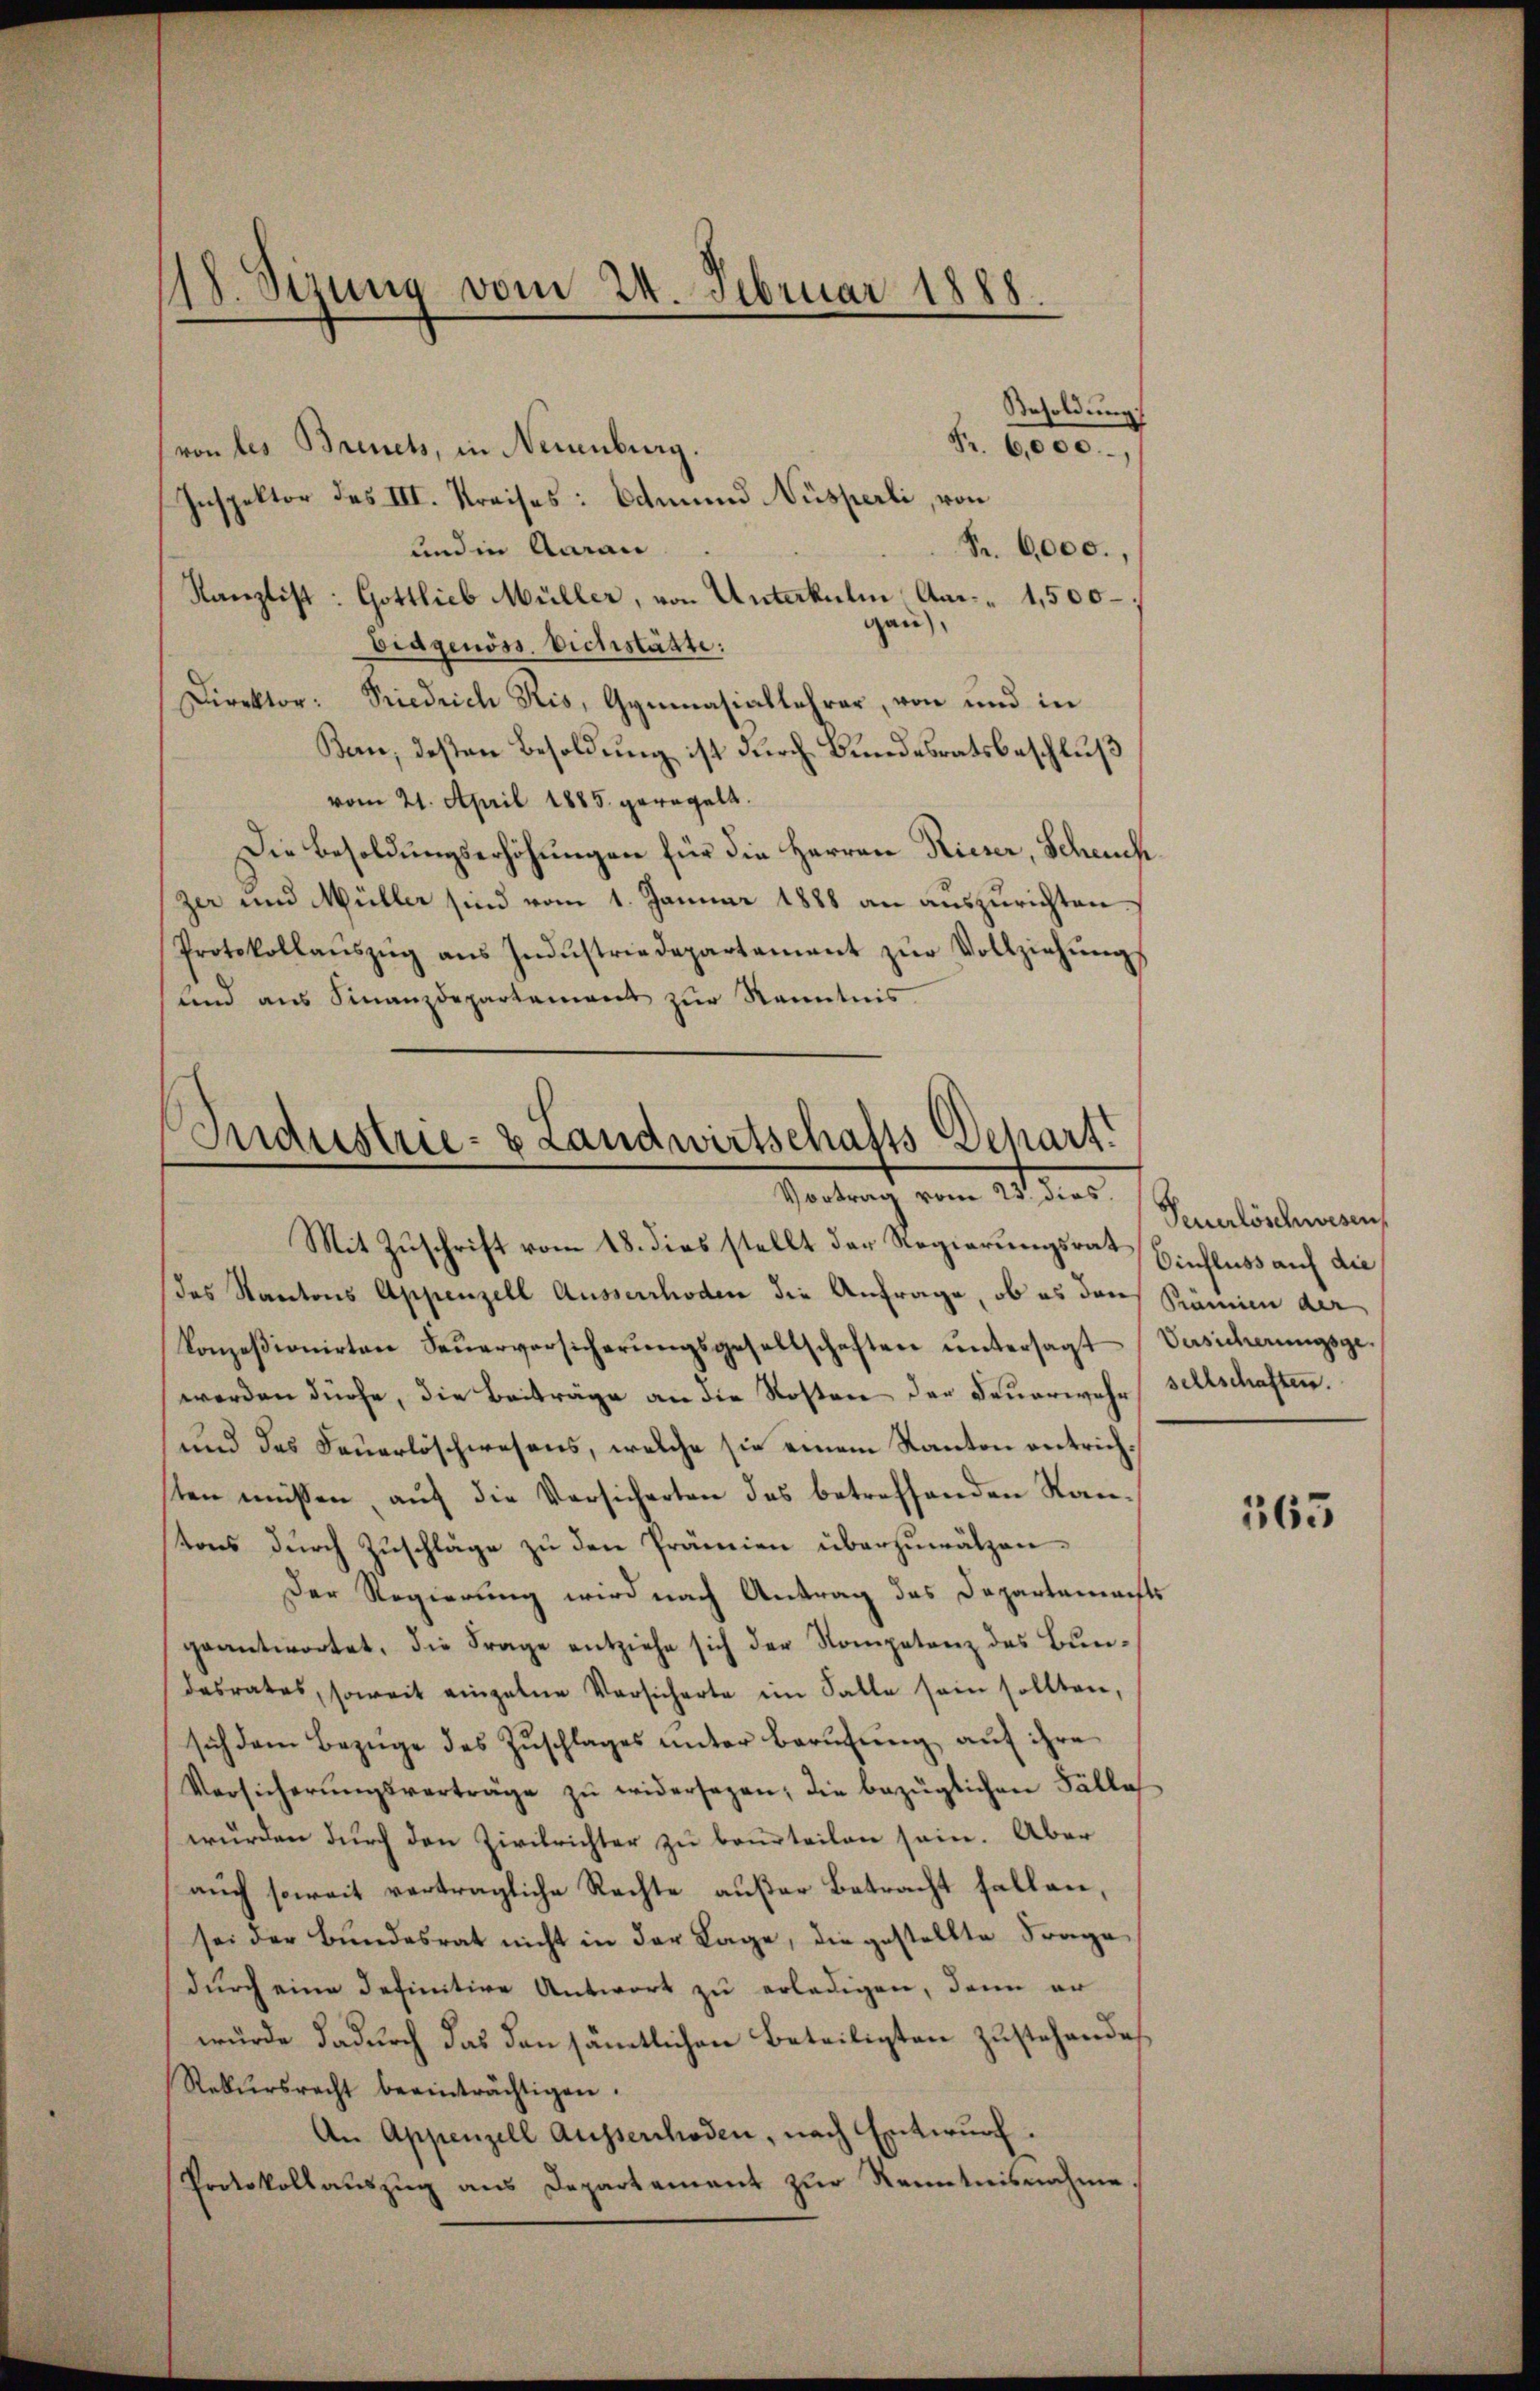
Besoldung
Pr. 6,000.,
(von des Brinets, in Neuenburg.
Inspektor des III. Kreises: Edmund Nüsperli, von
und in Aarau
Fr. 6,000.,
Kanzlist: Gottlieb Müller, von Unterkulin An- 1,500
gau),
Eidgenöss. Eichstätte:
Direktor: Priedrich Ris, Gymnasiallehrer, von und in
Ban, deßen Besoldung ist durch Bundesratsbeschluß
vom 21. April 1885. geregelt.
Die Besoldungserhöhungen für die Herren Rieser, Scheuchzer und Müller sind vom 1. Januar 1888 an auszurichten.
Protokollaŭszŭg ans Indŭstriedepartement zŭr Vollziehŭngs
und aus Finanzdepartement zur Kenntnis

118. Sezung vom 24. Februar 1888.

Industrie- & Landwirtschafts Depart.
Vortrag vom 21. des
Mit Zuschrift vom 18. dies stellt der Regierungsrat Einfluss auf die

das Kantons Appenzell Ausserrhoden die Anfrage, ob es das Prämien der
Konzesionirten Feŭerversicherŭngsgesellschaften ŭntersagt Versicherungsgewerden dürfe, die Beiträge an die Kosten der Feuerwehr sellschaften.
und das Feuerlöschwesens, welche sie einem Kanton entrichsten müssen aŭf die Versicherten des betreffenden Kan-
tons durch Zuschläge zu den Prämien überzuwälzen.
Der Regierung wird nach Antrag das Departenachts
geantwortet, die Frage entziehe sich der Kompetenz des Bundesrates, soweit einzelne Versicherte im Falle sein sollten,
sich dem Bezüge des Zŭschlages ŭnter Berŭfŭng aŭf ihre
Versicherŭngsverträge zŭ widersagen; die bezüglichen Fälle
würden durch den Zivilrichter zu beurteilen sein. Aber
auch soweit verträgliche Rechte außer Betracht fallen,
sei der Bundesrat nicht in der Lage, die gestellte Frage
durch eine definitive Antwort zu erledigen, dann er
wurde dadurch das den sämtlichen Beteiligten zustehenden
Rekursrecht beeinträchtigen.
An Appenzell Ausserrhoden, nach Entwurf.
Protokollauszug aus Departement zur Kenntnisnahme

Peuerlöschwesen

565